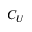
C _ { U }